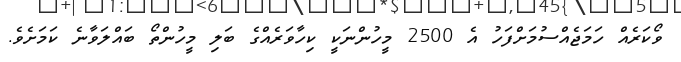
ވޯކަރެއް ހަމަޖެއްސުމަށްފަހު އެ 2500 މީހުންނަކީ ކިހާވަރެއްގެ ބަލި މީހުންތޯ ބައްލަވާނެ ކަމަށެވެ.